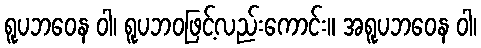
ရူပဘဝေန ဝါ၊ ရူပဘဝဖြင့်လည်းကောင်း။ အရူပဘဝေန ဝါ၊